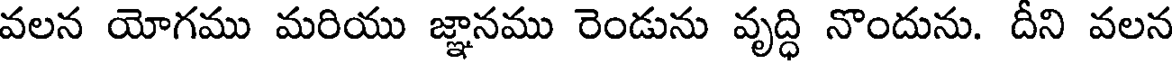
వలన యోగము మరియు జ్ఞానము రెండును వృద్ధి నొందును. దీని వలన